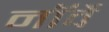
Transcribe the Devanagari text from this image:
नाॅर्वे